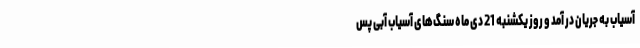
آسیاب به جریان در آمد و روز یکشنبه 21 دی ماه سنگ‌های آسیاب آبی پس